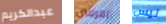
عبدالكريم اتعرفين ليس